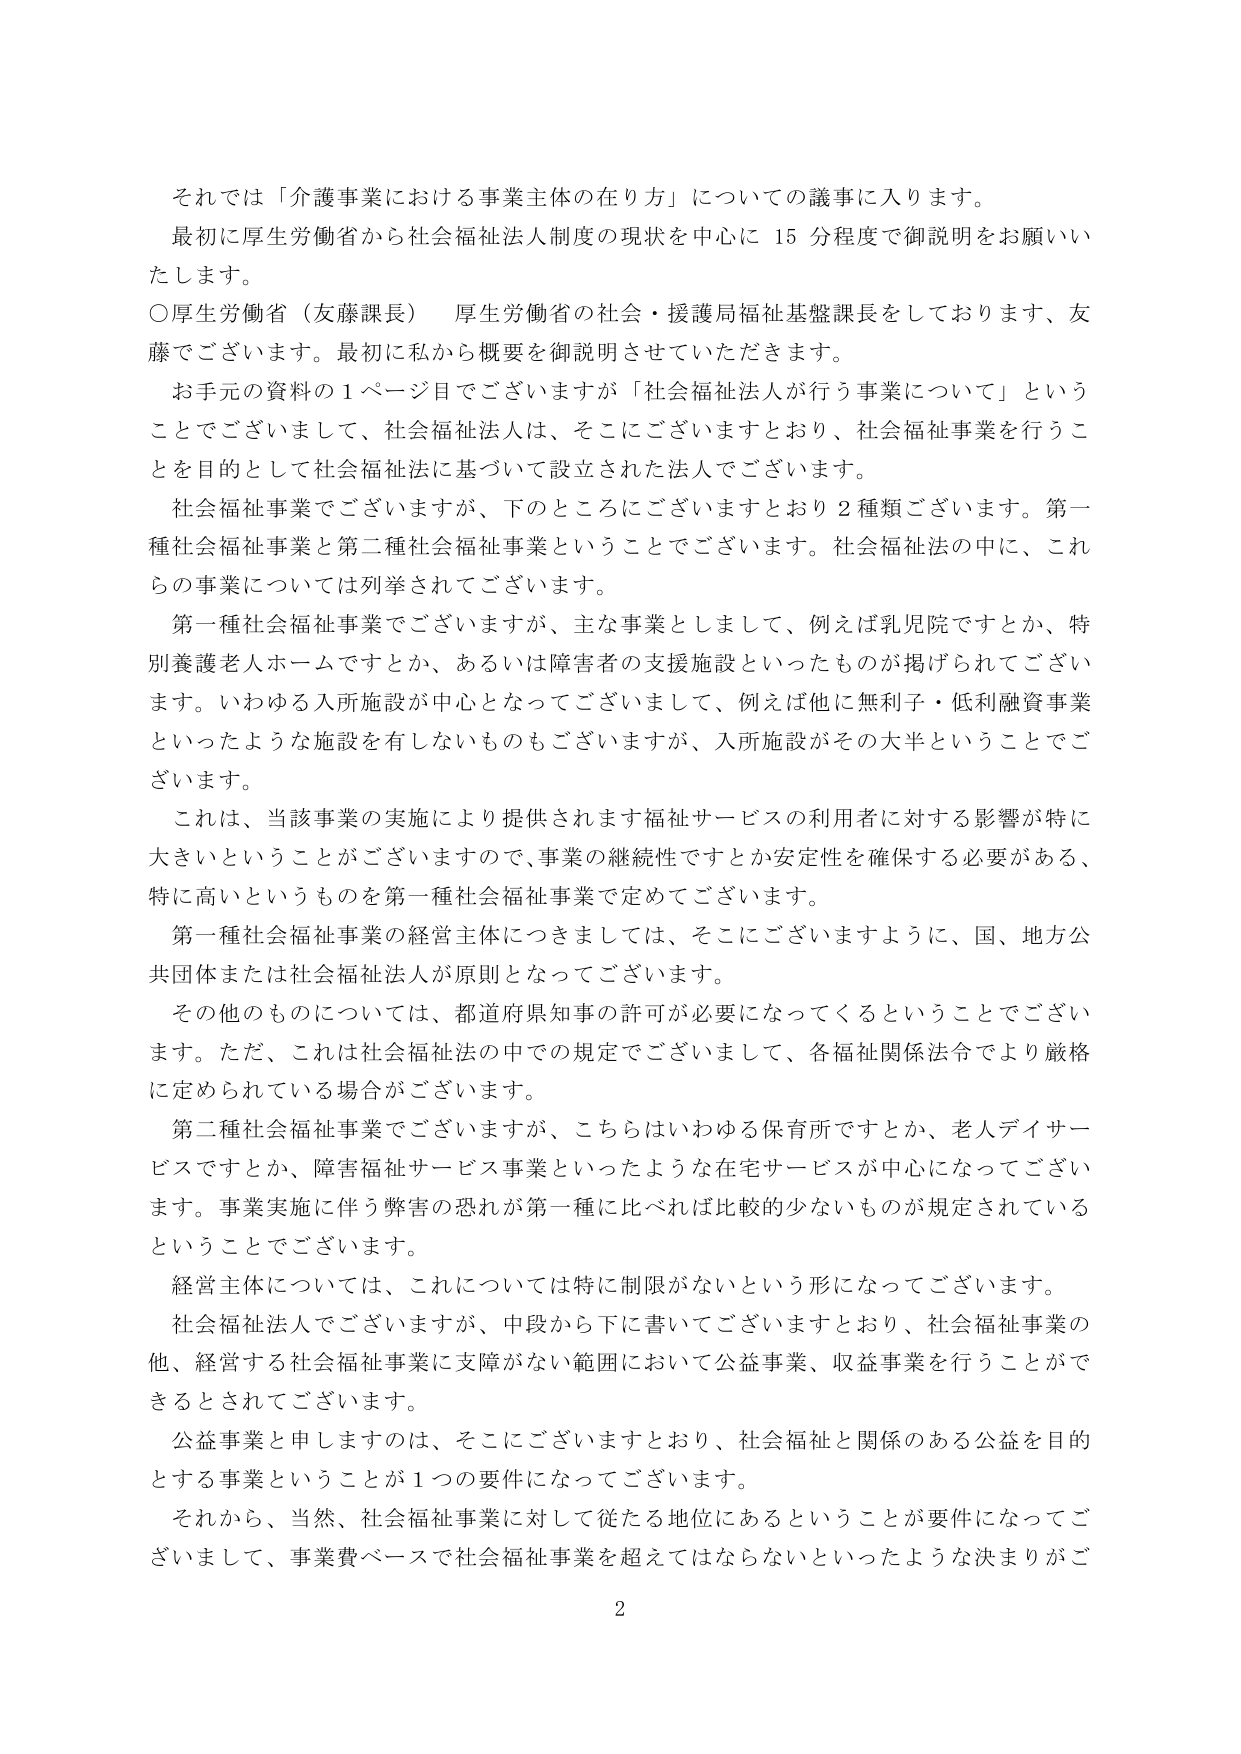
それでは「介護事業における事業主体の在り方」についての議事に入ります。
最初に厚生労働省から社会福祉法人制度の現状を中心に15分程度で御説明をお願いいたします。
○厚生労働省（友藤課長） 厚生労働省の社会・援護局福祉基盤課長をしております、友藤でございます。最初に私から概要を御説明させていただきます。
お手元の資料の1ページ目でございますが「社会福祉法人が行う事業について」ということでございまして、社会福祉法人は、そこにございますとおり、社会福祉事業を行うことを目的として社会福祉法に基づいて設立された法人でございます。
社会福祉事業でございますが、下のところにございますとおり2種類ございます。第一種社会福祉事業と第二種社会福祉事業ということでございます。社会福祉法の中に、これらの事業については列挙されてございます。
第一種社会福祉事業でございますが、主な事業としまして、例えば乳児院ですとか、特別養護老人ホームですとか、あるいは障害者の支援施設といったものが掲げられてございます。いわゆる入所施設が中心となってございまして、例えば他に無利子・低利融資事業といったような施設を有しないものもございますが、入所施設がその大半ということでございます。
これは、当該事業の実施により提供されます福祉サービスの利用者に対する影響が特に大きいということがございますので、事業の継続性ですとか安定性を確保する必要がある、特に高いというものを第一種社会福祉事業で定めてございます。
第一種社会福祉事業の経営主体につきましては、そこにございますように、国、地方公共団体または社会福祉法人が原則となってございます。
その他のものについては、都道府県知事の許可が必要になってくるということでございます。ただ、これは社会福祉法の中での規定でございまして、各福祉関係法令でより厳格に定められている場合がございます。
第二種社会福祉事業でございますが、こちらはいわゆる保育所ですとか、老人デイサービスですとか、障害福祉サービス事業といったような在宅サービスが中心になってございます。事業実施に伴う弊害の恐れが第一種に比べれば比較的少ないものが規定されているということでございます。
経営主体については、これについては特に制限がないという形になってございます。
社会福祉法人でございますが、中段から下に書いてございますとおり、社会福祉事業の他、経営する社会福祉事業に支障がない範囲において公益事業、収益事業を行うことができるとしてございます。
公益事業と申しますのは、そこにございますとおり、社会福祉と関係のある公益を目的とする事業ということが1つの要件になってございます。
それから、当然、社会福祉事業に対して従たる地位にあるということが要件になってございまして、事業費ベースで社会福祉事業を超えてはならないといったような決まりがご
2